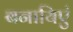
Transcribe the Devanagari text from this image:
बनायिएं